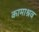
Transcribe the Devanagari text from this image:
कामाश्रव